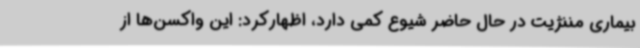
بیماری مننژیت در حال حاضر شیوع کمی دارد، اظهارکرد: این واکسن‌ها از